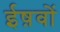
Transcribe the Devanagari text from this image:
ईष़वों